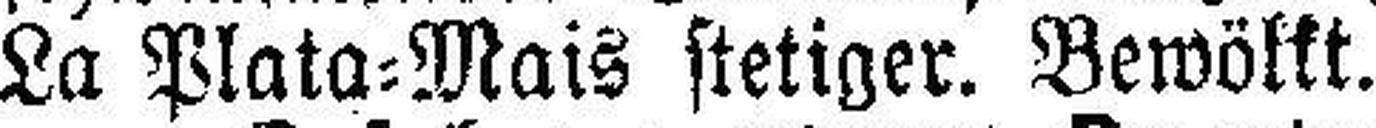
La Plata=Mais stetiger. Bewölkt.